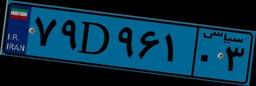
۷۹D۹۶۱۰۳